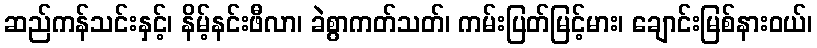
ဆည်ကန်သင်းနှင့်၊ နိမ့်နင်းဖီလာ၊ ခဲစွာကတ်သတ်၊ ကမ်းပြတ်မြင့်မား၊ ချောင်းမြစ်နားဝယ်၊